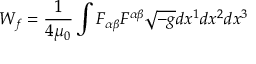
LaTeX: ~ W _ { f } = { \frac { 1 } { 4 \mu _ { 0 } } } \int { F _ { \alpha \beta } F ^ { \alpha \beta } { \sqrt { - g } } d x ^ { 1 } d x ^ { 2 } d x ^ { 3 } }